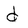
Character: d